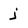
Character: j